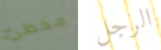
مخطئ الرجل